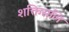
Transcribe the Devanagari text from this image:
शक्तिसलि